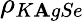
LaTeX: \rho_{K\mathbf{A}gSe}